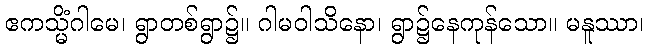
ဧကသ္မိံဂါမေ၊ ရွာတစ်ရွာ၌။ ဂါမဝါသိနော၊ ရွာ၌နေကုန်သော။ မနူဿာ၊